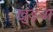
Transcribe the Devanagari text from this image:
खुड़वा